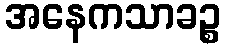
အနေကသာခဉ္စ